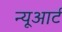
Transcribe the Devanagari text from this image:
न्यूआर्ट